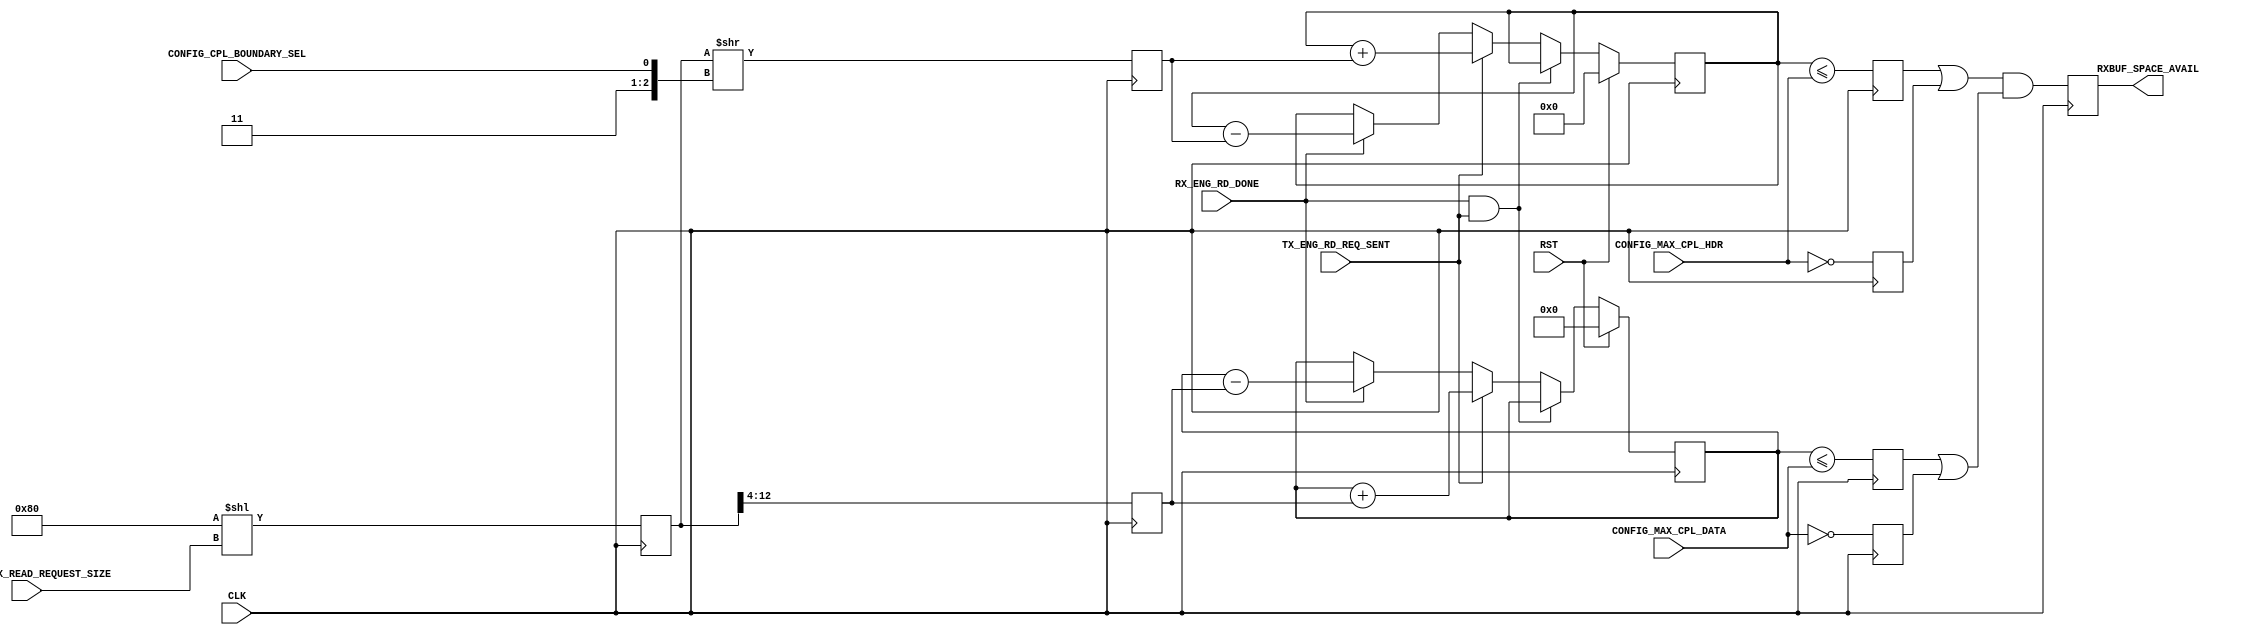
module recv_credit_flow_ctrl
    (
     input        CLK,
     input        RST,
     input [2:0]  CONFIG_MAX_READ_REQUEST_SIZE, 
     input [11:0] CONFIG_MAX_CPL_DATA, 
     input [7:0]  CONFIG_MAX_CPL_HDR, 
     input        CONFIG_CPL_BOUNDARY_SEL, 
     input        RX_ENG_RD_DONE, 
     input        TX_ENG_RD_REQ_SENT, 
     output       RXBUF_SPACE_AVAIL 
     );
    reg           rCreditAvail=0;
    reg           rCplDAvail=0;
    reg           rCplHAvail=0;
    reg [12:0]    rMaxRecv=0;
    reg [11:0]    rCplDAmt=0;
    reg [7:0]     rCplHAmt=0;
    reg [11:0]    rCplD=0;
    reg [7:0]     rCplH=0;
    reg           rInfHCred; 
    reg           rInfDCred; 
    assign RXBUF_SPACE_AVAIL = rCreditAvail;
    always @(posedge CLK) begin
        rInfHCred <= (CONFIG_MAX_CPL_HDR == 0);
        rInfDCred <= (CONFIG_MAX_CPL_DATA == 0);
        rMaxRecv <= #1 (13'd128<<CONFIG_MAX_READ_REQUEST_SIZE);
        rCplHAmt <= #1 (rMaxRecv>>({2'b11, CONFIG_CPL_BOUNDARY_SEL}));
        rCplDAmt <= #1 (rMaxRecv>>4);
        rCplHAvail <= #1 (rCplH <= CONFIG_MAX_CPL_HDR);
        rCplDAvail <= #1 (rCplD <= CONFIG_MAX_CPL_DATA);
        rCreditAvail <= #1 ((rCplHAvail|rInfHCred) & (rCplDAvail | rInfDCred));
    end
    always @ (posedge CLK) begin
        if (RST) begin
            rCplH <= #1 0;
            rCplD <= #1 0;
        end
        else if (RX_ENG_RD_DONE & TX_ENG_RD_REQ_SENT) begin
            rCplH <= #1 rCplH;
            rCplD <= #1 rCplD;
        end
        else if (TX_ENG_RD_REQ_SENT) begin
            rCplH <= #1 rCplH + rCplHAmt;
            rCplD <= #1 rCplD + rCplDAmt;
        end
        else if (RX_ENG_RD_DONE) begin
            rCplH <= #1 rCplH - rCplHAmt;
            rCplD <= #1 rCplD - rCplDAmt;
        end
    end
endmodule